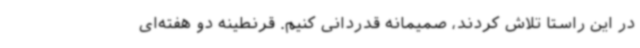
در این راستا تلاش کردند، صمیمانه قدردانی کنیم‌. قرنطینه دو هفته‌ای